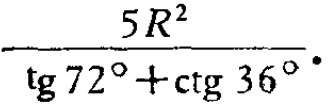
\frac{5R^{2}}{\tg 72^{\circ}+\ctg 36^{\circ}}